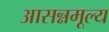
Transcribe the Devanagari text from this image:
आसन्नमूल्य